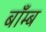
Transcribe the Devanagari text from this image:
बाँम्ब